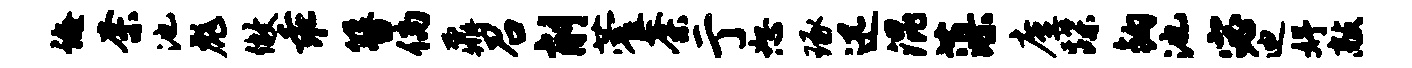
诲奈池彪做乖簪倘鼐召削藿荼亍恕琢迅混藻廑蹀钩池宓迪妤敲